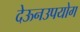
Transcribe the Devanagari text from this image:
देऊनउपयोग